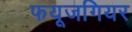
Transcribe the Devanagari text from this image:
फयूजगियर